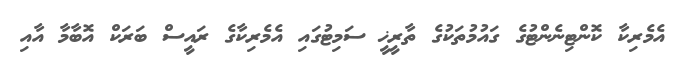
އެމެރިކާ ކޮންޓިނެންޓުގެ ގައުމުތަކުގެ ތާރީޚީ ސަމިޓުގައި އެެމެރިކާގެ ރައީސް ބަރަކް އޮބާމާ އާއި